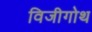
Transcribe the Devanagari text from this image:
विजीगोथ